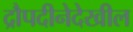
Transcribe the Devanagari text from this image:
द्रौपदीनेदेखील